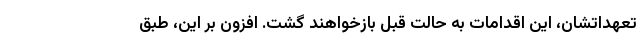
تعهداتشان، این اقدامات به حالت قبل بازخواهند گشت. افزون بر این، طبق